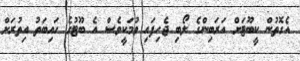
އެގޮތުން ކީބޫޓަށް އަރަބިންގެ ލޯބި ޖެހިފައި ވުމަކީވެސް އެ ބޫޓުގެ ހައިބަތު އިތުރަށް